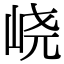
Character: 峣